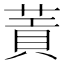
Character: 䔈